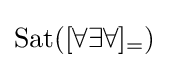
{\rm {{Sat}([\forall \exists \forall ]_{=})}}